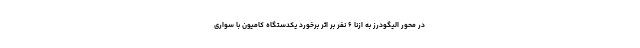
در محور الیگودرز به ازنا ۶ نفر بر اثر برخورد یکدستگاه کامیون با سواری